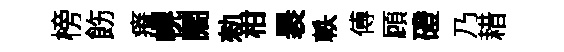
榜飭瘠幌闊勑柑褁軼傅頋磴乃耤